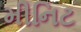
મીનિટ